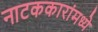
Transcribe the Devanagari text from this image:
नाटककारांमध्ये